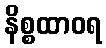
နိစ္စထာဝရ